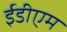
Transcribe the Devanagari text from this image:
ईडीएम